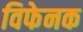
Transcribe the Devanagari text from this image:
विफेनक